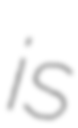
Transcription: is